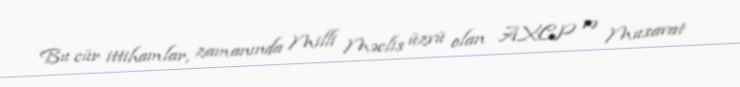
Bu cür ittihamlar, zamanında Milli Məclis üzvü olan AXCP və Musavat